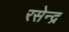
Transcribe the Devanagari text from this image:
रसेन्द्र